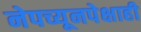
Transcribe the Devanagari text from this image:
नेपच्यूनपेक्षाही